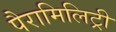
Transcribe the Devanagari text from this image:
पैरामिलिट्री